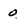
Character: 0